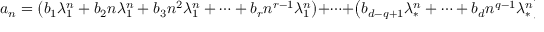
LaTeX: a _ { n } = \left( b _ { 1 } \lambda _ { 1 } ^ { n } + b _ { 2 } n \lambda _ { 1 } ^ { n } + b _ { 3 } n ^ { 2 } \lambda _ { 1 } ^ { n } + \cdots + b _ { r } n ^ { r - 1 } \lambda _ { 1 } ^ { n } \right) + \cdots + \left( b _ { d - q + 1 } \lambda _ { * } ^ { n } + \cdots + b _ { d } n ^ { q - 1 } \lambda _ { * } ^ { n } \right)